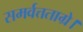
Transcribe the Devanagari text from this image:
समर्वत्तताग्रे।